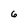
Character: 6